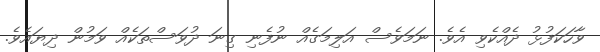
ވާހަކަފުޅު ދެއްކެވި އެވެ. ނަމަވެސް އަލިމަގެއް ނުފެނި ގިނަ ދުވަސްތަކެއް ވަމުން ދިޔައެވެ.